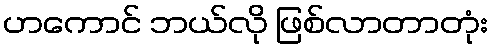
ဟကောင် ဘယ်လို ဖြစ်လာတာတုံး